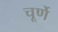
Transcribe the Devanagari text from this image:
चूर्णे